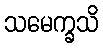
သမေက္ခသိ